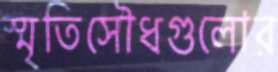
স্মৃতিসৌধগুলোর